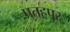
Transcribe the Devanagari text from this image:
पतहपुर